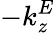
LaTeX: -k_{z}^{E}